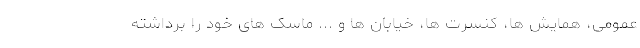
عمومی، همایش ها، کنسرت ها، خیابان ها و ... ماسک های خود را برداشته